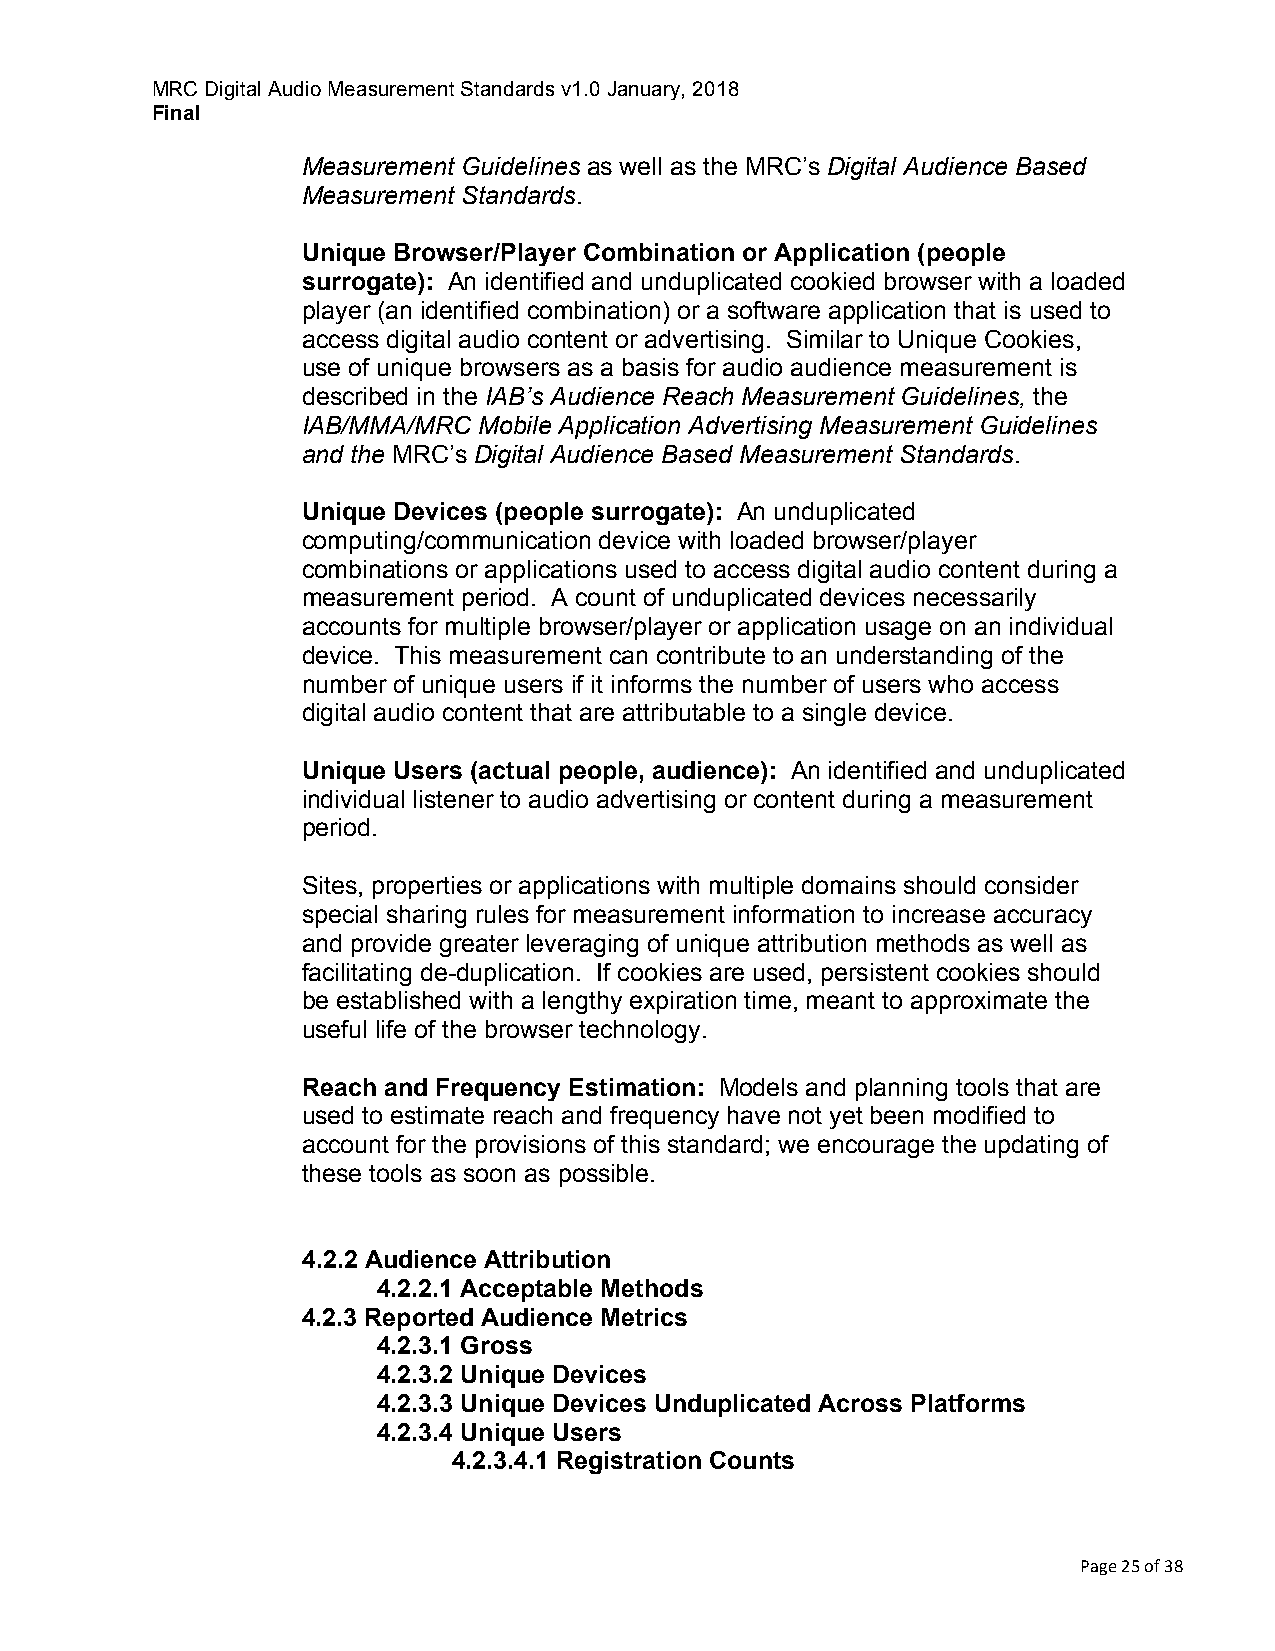
MRC Digital Audio Measurement Standards v1.0 January, 2018
 Final
 Measurement Guidelines as well as the MRC’s Digital Audience Based
 Measurement Standards.
 Unique Browser/Player Combination or Application (people
 surrogate): An identified and unduplicated cookied browser with a loaded
 player (an identified combination) or a software application that is used to
 access digital audio content or advertising. Similar to Unique Cookies,
 use of unique browsers as a basis for audio audience measurement is
 described in the IAB’s Audience Reach Measurement Guidelines, the
 IAB/MMA/MRC Mobile Application Advertising Measurement Guidelines
 and the MRC’s Digital Audience Based Measurement Standards.
 Unique Devices (people surrogate): An unduplicated
 computing/communication device with loaded browser/player
 combinations or applications used to access digital audio content during a
 measurement period. A count of unduplicated devices necessarily
 accounts for multiple browser/player or application usage on an individual
 device. This measurement can contribute to an understanding of the
 number of unique users if it informs the number of users who access
 digital audio content that are attributable to a single device.
 Unique Users (actual people, audience): An identified and unduplicated
 individual listener to audio advertising or content during a measurement
 period.
 Sites, properties or applications with multiple domains should consider
 special sharing rules for measurement information to increase accuracy
 and provide greater leveraging of unique attribution methods as well as
 facilitating de-duplication. If cookies are used, persistent cookies should
 be established with a lengthy expiration time, meant to approximate the
 useful life of the browser technology.
 Reach and Frequency Estimation: Models and planning tools that are
 used to estimate reach and frequency have not yet been modified to
 account for the provisions of this standard; we encourage the updating of
 these tools as soon as possible.
 4.2.2 Audience Attribution
 4.2.2.1 Acceptable Methods
 4.2.3 Reported Audience Metrics
 4.2.3.1 Gross
 4.2.3.2 Unique Devices
 4.2.3.3 Unique Devices Unduplicated Across Platforms
 4.2.3.4 Unique Users
 4.2.3.4.1 Registration Counts
 Page 25 of 38